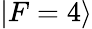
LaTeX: \vert F=4\rangle